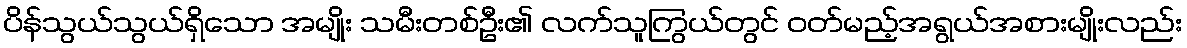
ပိန်သွယ်သွယ်ရှိသော အမျိုး သမီးတစ်ဦး၏ လက်သူကြွယ်တွင် ဝတ်မည့်အရွယ်အစားမျိုးလည်း